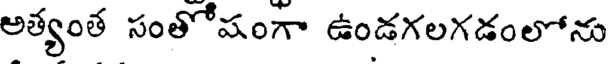
అత్యంత సంతోషంగా ఉండగలగడంలోను